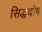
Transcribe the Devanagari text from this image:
सिद्धदोष